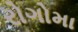
રોગોમા